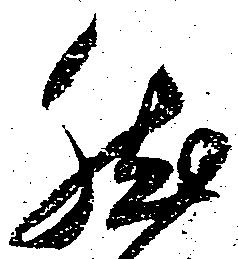
然